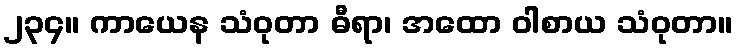
၂၃၄။ ကာယေန သံဝုတာ ဓီရာ၊ အထော ဝါစာယ သံဝုတာ။